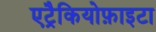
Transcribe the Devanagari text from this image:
एट्रैकियोफ़ाइटा